Leaving Certificate Examination, 1906
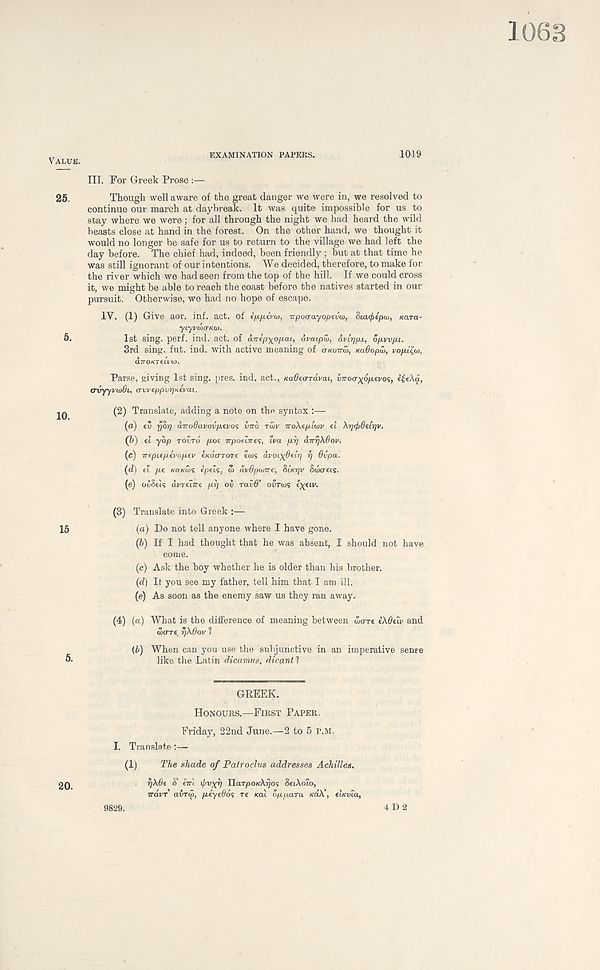
EXAMINATION PAPERS.
1019
III. For Greek Prose :—
Though well aware of the great danger we were in, we resolved to
continue our march at daybreak. It was quite impossible for us to
stay where we were ; for all through the night we had heard the wild
beasts close at hand in the forest. On the other hand, we thought it
would no longer be safe for us to return to the village we had left the
day before. The chief had, indeed, been friendly; but at that time he
was still ignorant of our intentions. We decided, therefore, to make for
the river which we had seen from the top of the hill. If we could cross
it, we might be able to reach the coast before the natives started in our
pursuit. Otherwise, we had no hope of escape.
IV. (1) Give aor. inf. act. of ifj.fii.iva>, Trpoarayopevw, Sicufiipo), Kara-
yLyvd>(TKU).
1st sing. perf. ind. act. of avip\opai, avaipd>, dvirffu, op.vvp.t.
3rd sing. fut. ind. with active meaning of (TKOTTCJ, Kd6opu>, vopilw,
dTTOKTtLVW.
Parse, giving 1st sing. pres. ind. act., KaOea-rdvai, vno<Tx6p.wo$, i£e\a,
orvyyvuidL, arvveppvrfKivai.
(2) Translate, adding a note on the syntax :—
(a) tv rjSrj dTrodavov/xevos VTTO TU>V voXepLwv el XrfcjjOeirfv.
(5) el yap TOVTO p.oi irpoelnes, Iva ftr] aTrrjXOov.
(e) irepiepevopev eKacrTOTe em dvoiyOetrf rj Ovpa.
(d) el pe KO.KW<; epees, u> dvOpwire, SLKTTJV Sokras.
(e) oiSeis dvrehre prf ov raid’ OVTOIS «X €lv-
(3) Translate into Greek :—
(a) Do not tell anyone where I have gone.
(b) If I had thought that he was absent, I should not have
come.
(c) Ask the boy whether he is older than his brother.
(d) If you see my father, tell him that I am ill.
(e) As soon as the enemy saw us they ran away.
(4) (a) What is the difference of meaning between ware iX&eiv and
GJO-TC rjXOov 1
(b) When can you use the subjunctive in an imperative sense
like the Latin dicamus, dicant ?
GREEK.
HONOURS.—FIRST PAPER,
Friday, 22nd June.—2 to 5 P.M,
I. Translate :—
(1)
The shade of Patroclus addresses Achilles.
rjXOe 8’ eirl if/vyi) YlaTpoKXffos SeiXolo,
irdvr airw, peyedos re sal d/upara KAX, elsvla,
9829.
4 D 2